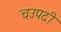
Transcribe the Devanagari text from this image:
चउपदी